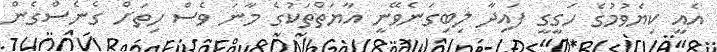
އެއީ ކިޔެވުމުގެ ހަގީގީ ފައިދާ ލިބިގަނެވޭނީ އާޔަތްތަކުގެ މާނަ ވެސް ހިތަށް ގެނެސްގެން